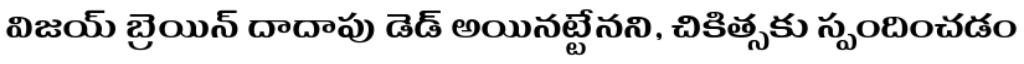
విజయ్ బ్రెయిన్ దాదాపు డెడ్ అయినట్టేనని, చికిత్సకు స్పందించడం